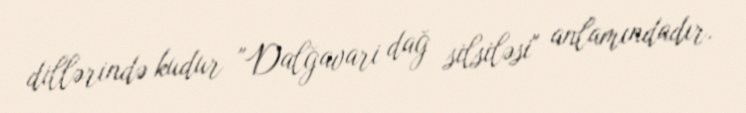
dillərində kudur "Dalğavari dağ silsiləsi" anlamındadır.